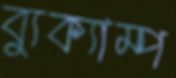
ব্যুক্যাম্প